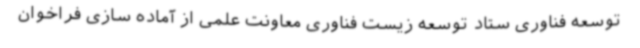
توسعه فناوری ستاد توسعه زیست فناوری معاونت علمی از آماده سازی فراخوان